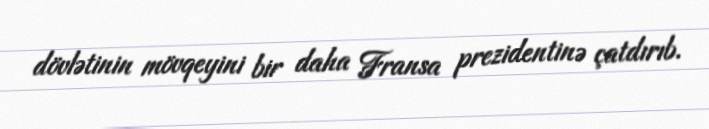
dövlətinin mövqeyini bir daha Fransa prezidentinə çatdırıb.